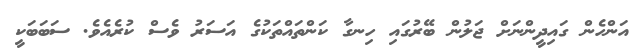
އަންހެން ގައިދީންނަށް ޖަލުން ބޭރުގައި ހިނގާ ކަންތައްތަކުގެ އަސަރު ވެސް ކުރެއެވެ. ސަބަބަކީ